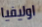
اوليفيا